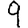
Digit: 9